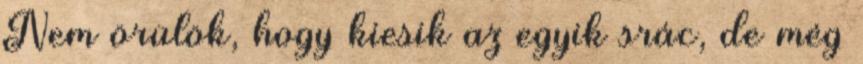
Nem örülök, hogy kiesik az egyik srác, de még